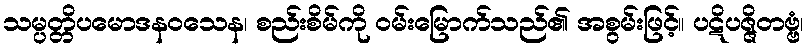
သမ္ပတ္တိပမောဒနဝသေန၊ စည်းစိမ်ကို ဝမ်းမြောက်သည်၏ အစွမ်းဖြင့်။ ပဋိပဇ္ဇိတဗ္ဗံ၊